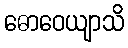
ဓောဝေယျာသိ